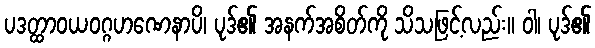
ပဒတ္ထာဝယဝဂ္ဂဟဏေနာပိ၊ ပုဒ်၏ အနက်အစိတ်ကို သိသဖြင့်လည်း။ ဝါ၊ ပုဒ်၏